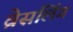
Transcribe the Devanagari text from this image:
व्रेसलिंग